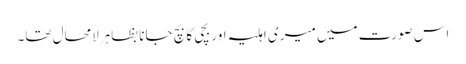
اس صورت میں میری اہلیہ اور بچی کا بچ جانا بظاہرلامحال تھا۔